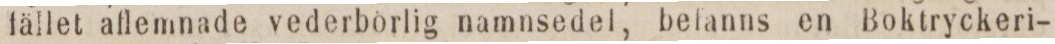
fället aflemnade vederbörlig namnsedel, befanns en Boktryckeri-